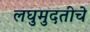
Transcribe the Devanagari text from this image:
लघुमुदतीचे